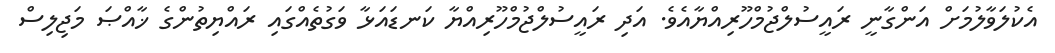
އެކުލަވާލުމަށް އަންގާނީ ރައީސުލްޖުމްހޫރިއްޔާއެވެ. އަދި ރައީސުލްޖުމްހޫރިއްޔާ ކަނޑައަޅާ ވަގުތެއްގައި ރައްޔިތުންގެ ޚާއްޞަ މަޖިލިސް